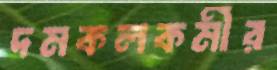
দমকলকর্মীর